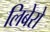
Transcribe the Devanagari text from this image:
लिबेरो